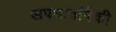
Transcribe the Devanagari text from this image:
अपघातांपैकी